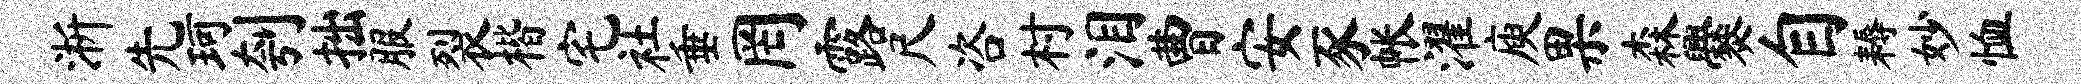
淅先珂刳拙服裂楷宅社垂罔露尺咨村泪曹安豕帐濯庾果森爨自耨妙恤